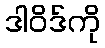
ဒါဝိဒ်ကို